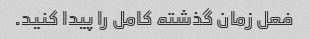
فعل زمان گذشته کامل را پیدا کنید.